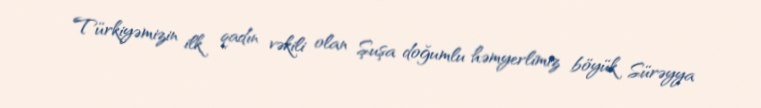
Türkiyəmizin ilk qadın vəkili olan Şuşa doğumlu həmyerlimiz böyük Sürəyya